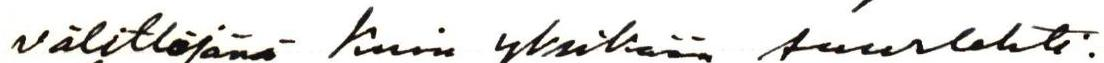
välittäjänä kuin yksikään suurlehti.